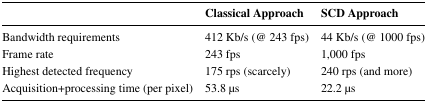
<table><thead><tr><td></td><td><b>Classical Approach</b></td><td><b>SCD Approach</b></td></tr></thead><tbody><tr><td>Bandwidth requirements</td><td>412 Kb/s (@ 243 fps)</td><td>44 Kb/s (@ 1000 fps)</td></tr><tr><td>Frame rate</td><td>243 fps</td><td>1,000 fps</td></tr><tr><td>Highest detected frequency</td><td>175 rps (scarcely)</td><td>240 rps (and more)</td></tr><tr><td>Acquisition+processing time (per pixel)</td><td>53.8 μs</td><td>22.2 μs</td></tr></tbody></table>